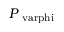
P _ { \mathrm { \ v a r p h i } }